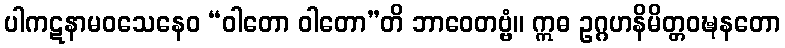
ပါကဋနာမဝသေနေဝ “ဝါတော ဝါတော”တိ ဘာဝေတဗ္ဗံ။ ဣဓ ဥဂ္ဂဟနိမိတ္တဝဍ္ဎနတော